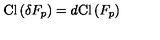
\mathrm { C l } \left( \delta F _ { p } \right) = d \mathrm { C l } \left( F _ { p } \right)